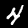
Digit: 4